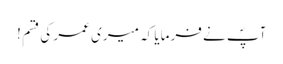
آپؐ نے فرمایا کہ میری عمر کی قسم !